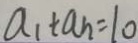
a _ { 1 } + a _ { n } = 1 0